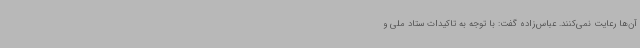
آن‌ها رعایت نمی‌کنند. عباس‌زاده گفت: با توجه به تاکیدات ستاد ملی و